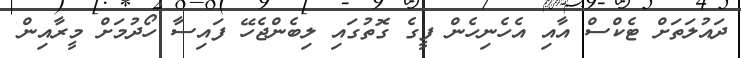
ދައުލަތަށް ޓެކްސް އާއި އެހެނިހެން ފީގެ ގޮތުގައި ލިބެންޖެހޭ ފައިސާ ހޯދުމަށް މީރާއިން